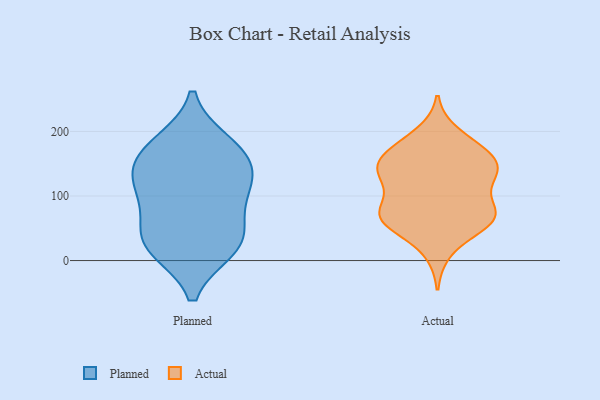
{"axis": {"x": "Waste Production (Tons)", "y": "Value"}, "legend": ["Actual", "Planned"], "data": [{"x": "", "y": 123, "type": "Planned"}, {"x": "", "y": 134, "type": "Planned"}, {"x": "", "y": 168, "type": "Planned"}, {"x": "", "y": 19, "type": "Planned"}, {"x": "", "y": 108, "type": "Planned"}, {"x": "", "y": 181, "type": "Planned"}, {"x": "", "y": 20, "type": "Planned"}, {"x": "", "y": 164, "type": "Planned"}, {"x": "", "y": 90, "type": "Planned"}, {"x": "", "y": 35, "type": "Planned"}, {"x": "", "y": 40, "type": "Planned"}, {"x": "", "y": 62, "type": "Actual"}, {"x": "", "y": 179, "type": "Actual"}, {"x": "", "y": 147, "type": "Actual"}, {"x": "", "y": 133, "type": "Actual"}, {"x": "", "y": 55, "type": "Actual"}, {"x": "", "y": 120, "type": "Actual"}, {"x": "", "y": 87, "type": "Actual"}, {"x": "", "y": 120, "type": "Actual"}, {"x": "", "y": 64, "type": "Actual"}, {"x": "", "y": 145, "type": "Actual"}, {"x": "", "y": 161, "type": "Actual"}, {"x": "", "y": 66, "type": "Actual"}, {"x": "", "y": 196, "type": "Actual"}, {"x": "", "y": 69, "type": "Actual"}, {"x": "", "y": 173, "type": "Actual"}, {"x": "", "y": 144, "type": "Actual"}, {"x": "", "y": 146, "type": "Actual"}, {"x": "", "y": 71, "type": "Actual"}, {"x": "", "y": 70, "type": "Actual"}, {"x": "", "y": 14, "type": "Actual"}]}